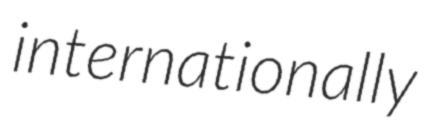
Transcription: internationally